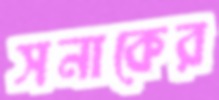
সনাকের